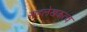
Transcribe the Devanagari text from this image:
सहलेखकत्व